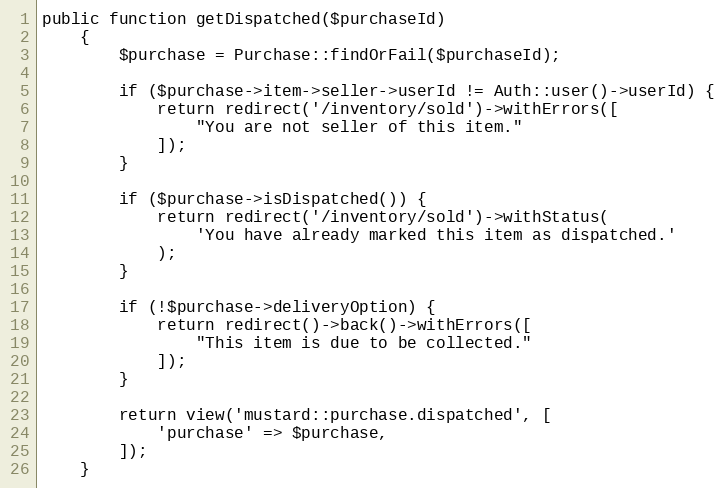
Language: PHP
public function getDispatched($purchaseId)
    {
        $purchase = Purchase::findOrFail($purchaseId);

        if ($purchase->item->seller->userId != Auth::user()->userId) {
            return redirect('/inventory/sold')->withErrors([
                "You are not seller of this item."
            ]);
        }

        if ($purchase->isDispatched()) {
            return redirect('/inventory/sold')->withStatus(
                'You have already marked this item as dispatched.'
            );
        }

        if (!$purchase->deliveryOption) {
            return redirect()->back()->withErrors([
                "This item is due to be collected."
            ]);
        }

        return view('mustard::purchase.dispatched', [
            'purchase' => $purchase,
        ]);
    }